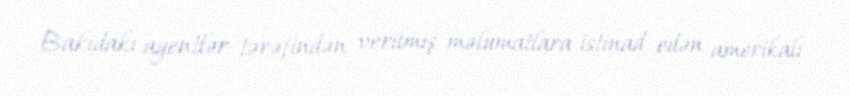
Bakıdakı agentlər tərəfindən verilmiş məlumatlara istinad edən amerikalı